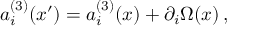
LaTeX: a _ { i } ^ { ( 3 ) } ( x ^ { \prime } ) = a _ { i } ^ { ( 3 ) } ( x ) + \partial _ { i } \Omega ( x ) \, ,